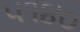
૫૧૪૦